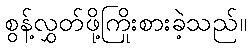
စွန့်လွှတ်ဖို့ကြိုးစားခဲ့သည်။